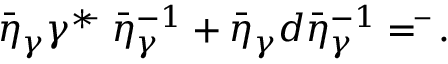
\bar { \eta } _ { \gamma } \gamma ^ { * } { \bf \bar { \alpha } } \, \bar { \eta } _ { \gamma } ^ { - 1 } + \bar { \eta } _ { \gamma } d \bar { \eta } _ { \gamma } ^ { - 1 } = { \bf \bar { \alpha } } .